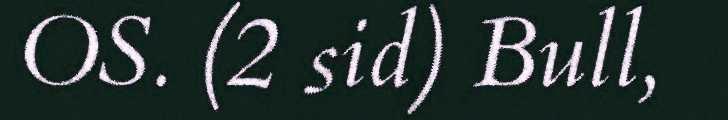
OS. (2 sid) Bull,